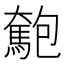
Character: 𩤄